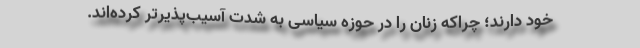
خود دارند؛ چراکه زنان را در حوزه سیاسی به شدت آسیب‌پذیرتر کرده‌اند.